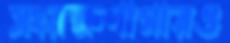
সংরক্ষণাগারও